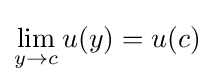
\lim _{y\to c}u(y)=u(c)